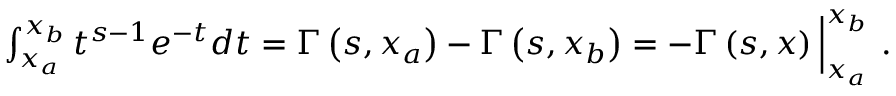
\begin{array} { r } { \int _ { x _ { a } } ^ { x _ { b } } t ^ { s - 1 } e ^ { - t } d t = \Gamma \left( s , x _ { a } \right) - \Gamma \left( s , x _ { b } \right) = - \Gamma \left( s , x \right) \Big | _ { x _ { a } } ^ { x _ { b } } \ . } \end{array}